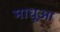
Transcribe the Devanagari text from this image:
माधूआ